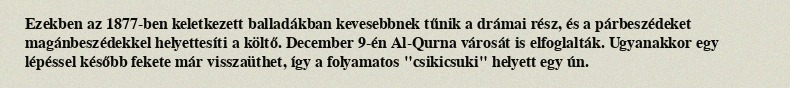
Ezekben az 1877-ben keletkezett balladákban kevesebbnek tűnik a drámai rész, és a párbeszédeket magánbeszédekkel helyettesíti a költő. December 9-én Al-Qurna városát is elfoglalták. Ugyanakkor egy lépéssel később fekete már visszaüthet, így a folyamatos "csikicsuki" helyett egy ún.